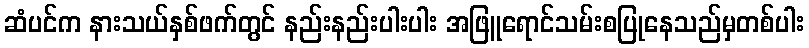
ဆံပင်က နားသယ်နှစ်ဖက်တွင် နည်းနည်းပါးပါး အဖြူရောင်သမ်းစပြုနေသည်မှတစ်ပါး